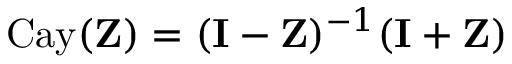
\mathrm { C a y } ( \mathbf { Z } ) = ( \mathbf { I } - \mathbf { Z } ) ^ { - 1 } ( \mathbf { I } + \mathbf { Z } )